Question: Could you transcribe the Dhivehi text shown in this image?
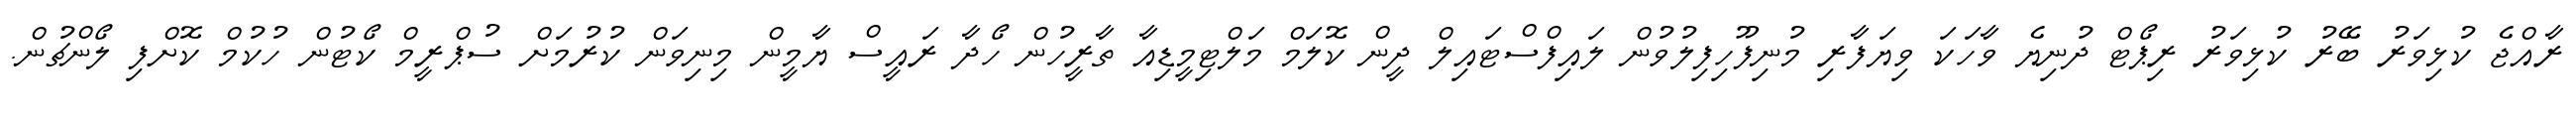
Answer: ރާއްޖެ ކުޅިވަރު ބޭރު ކުޅިވަރު ރިޕޯޓް ދުނިޔެ ވާހަކަ ވިޔަފާރި މުނިފޫހިފިލުވުން ލައިފްސްޓައިލް ދީން ކޮލަމް މަލްޓިމީޑިއާ ތާރީހުން ހޯދާ ރައީސް ޔާމީން މިނިވަން ކުރުމަށް ސުޕްރީމް ކޯޓުން ހުކުމް ކޮށްފި ލޯންޗުން.